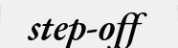
step-off